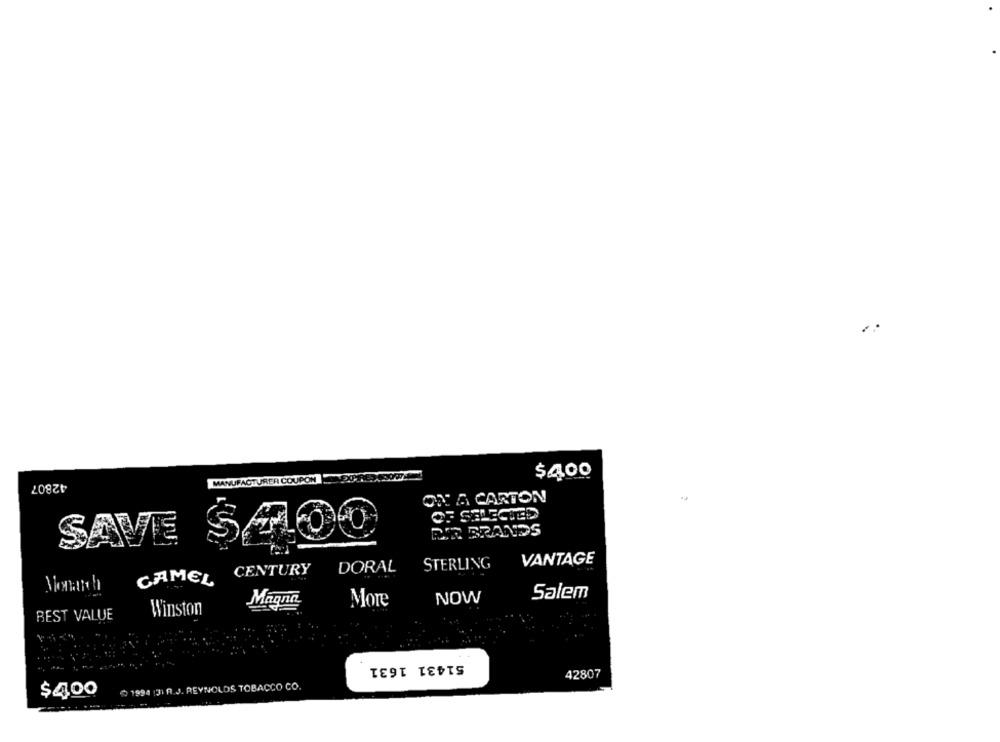
$400
42807
MANUFACTURER COUPON
ON & CARTON
SAVE
VANTAGE
CAMEL CENTURY
DORAL
STERLING
Magna
More
NOW
Salem
Winston
BEST VALUE
51431 1631
42807
0 1994 |31 R.J. REYNOLDS TOBACCO CO.
$400